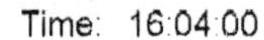
TIME: 16:04:00